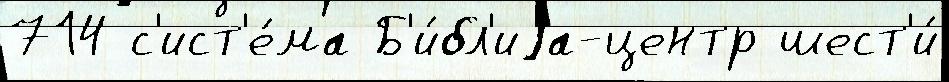
714 с'ист'е́ма Б'и́бл'иjа-центр шест'и́